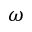
\omega